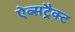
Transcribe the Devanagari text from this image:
ऐब्सट्रैक्ट